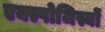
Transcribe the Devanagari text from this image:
एक्स्पोजिस्यों